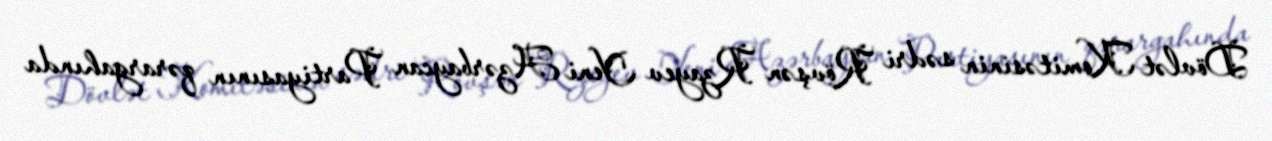
Dövlət Komitəsinin sədri Rövşən Rzayev Yeni Azərbaycan Partiyasının qərargahında